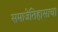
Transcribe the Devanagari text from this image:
समाजेतिहासाचा